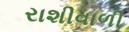
રાશીવાળી